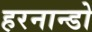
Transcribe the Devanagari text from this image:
हरनान्डो